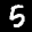
Label: 5